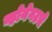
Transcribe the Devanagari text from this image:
व्होनेगटचे